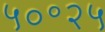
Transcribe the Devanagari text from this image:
५०॰२५